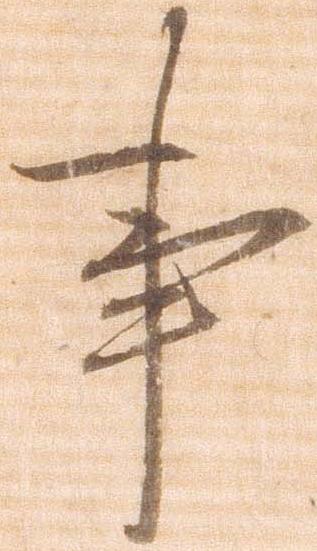
事